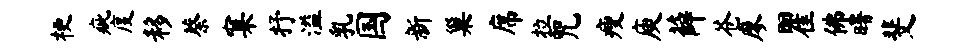
梗疵度移蔡窠抒溢乳国新巢席拉咒瘦庾薛苍廖瞿佛曙斐